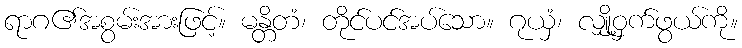
ရာဂ၏အစွမ်းအားဖြင့်။ မန္တိတံ၊ တိုင်ပင်အပ်သော။ ဂုယှံ၊ လျှို့ဝှက်ဖွယ်ကို။